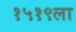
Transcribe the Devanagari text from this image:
१५१९ला